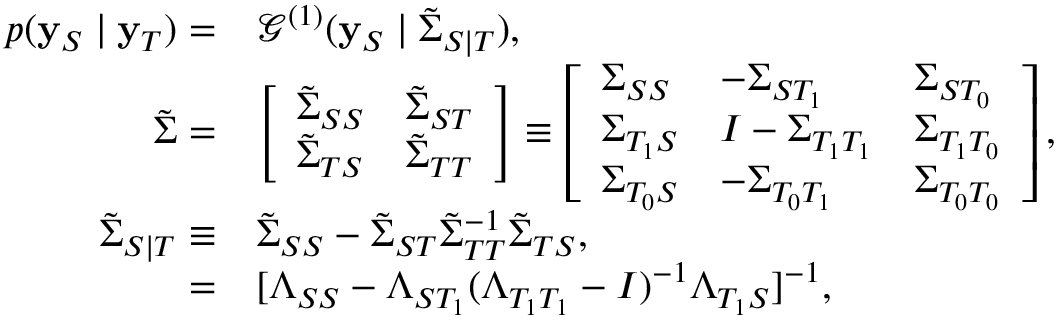
\begin{array} { r l } { p ( \mathbf { y } _ { S } \mid \mathbf { y } _ { T } ) = } & { \mathcal { G } ^ { ( 1 ) } ( \mathbf { y } _ { S } \mid \tilde { \Sigma } _ { S | T } ) , } \\ { \tilde { \Sigma } = } & { \left[ \begin{array} { l l } { \tilde { \Sigma } _ { S S } } & { \tilde { \Sigma } _ { S T } } \\ { \tilde { \Sigma } _ { T S } } & { \tilde { \Sigma } _ { T T } } \end{array} \right] \equiv \left[ \begin{array} { l l l } { \Sigma _ { S S } } & { - \Sigma _ { S T _ { 1 } } } & { \Sigma _ { S T _ { 0 } } } \\ { \Sigma _ { T _ { 1 } S } } & { I - \Sigma _ { T _ { 1 } T _ { 1 } } } & { \Sigma _ { T _ { 1 } T _ { 0 } } } \\ { \Sigma _ { T _ { 0 } S } } & { - \Sigma _ { T _ { 0 } T _ { 1 } } } & { \Sigma _ { T _ { 0 } T _ { 0 } } } \end{array} \right] , } \\ { \tilde { \Sigma } _ { S | T } \equiv } & { \tilde { \Sigma } _ { S S } - \tilde { \Sigma } _ { S T } \tilde { \Sigma } _ { T T } ^ { - 1 } \tilde { \Sigma } _ { T S } , } \\ { = } & { [ \Lambda _ { S S } - \Lambda _ { S T _ { 1 } } ( \Lambda _ { T _ { 1 } T _ { 1 } } - I ) ^ { - 1 } \Lambda _ { T _ { 1 } S } ] ^ { - 1 } , } \end{array}